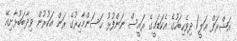
އަޝްރަފް ޢަލީ/ ދިވެހިބަހުގެ އެކަޑަމީގެ ރައީސް ނަންފުޅު ޙަސަންމާހިރުގެ ރަން އަކުރުން ވިދާބަބުޅާށިއޭ